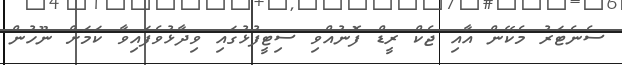
ސެނެޓަރު މެކޭން އާއި ޖެކް ރީޑް ފޮނުއްވި ސިޓީފުޅުގައި ވިދާޅުވެފައިވާ ކަމަށް ނޫހުން